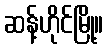
ဆန့်ဟိုင်မြို့။